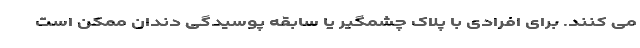
می کنند. برای افرادی با پلاک چشمگیر یا سابقه پوسیدگی دندان ممکن است